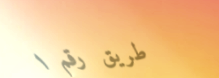
طريق رقم ١